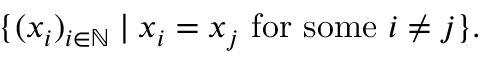
\{ ( x _ { i } ) _ { i \in \mathbb { N } } \mid x _ { i } = x _ { j } { \mathrm { ~ f o r ~ s o m e ~ } } i \neq j \} .